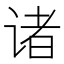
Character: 诸